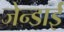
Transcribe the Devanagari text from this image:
जेन्‍डाई